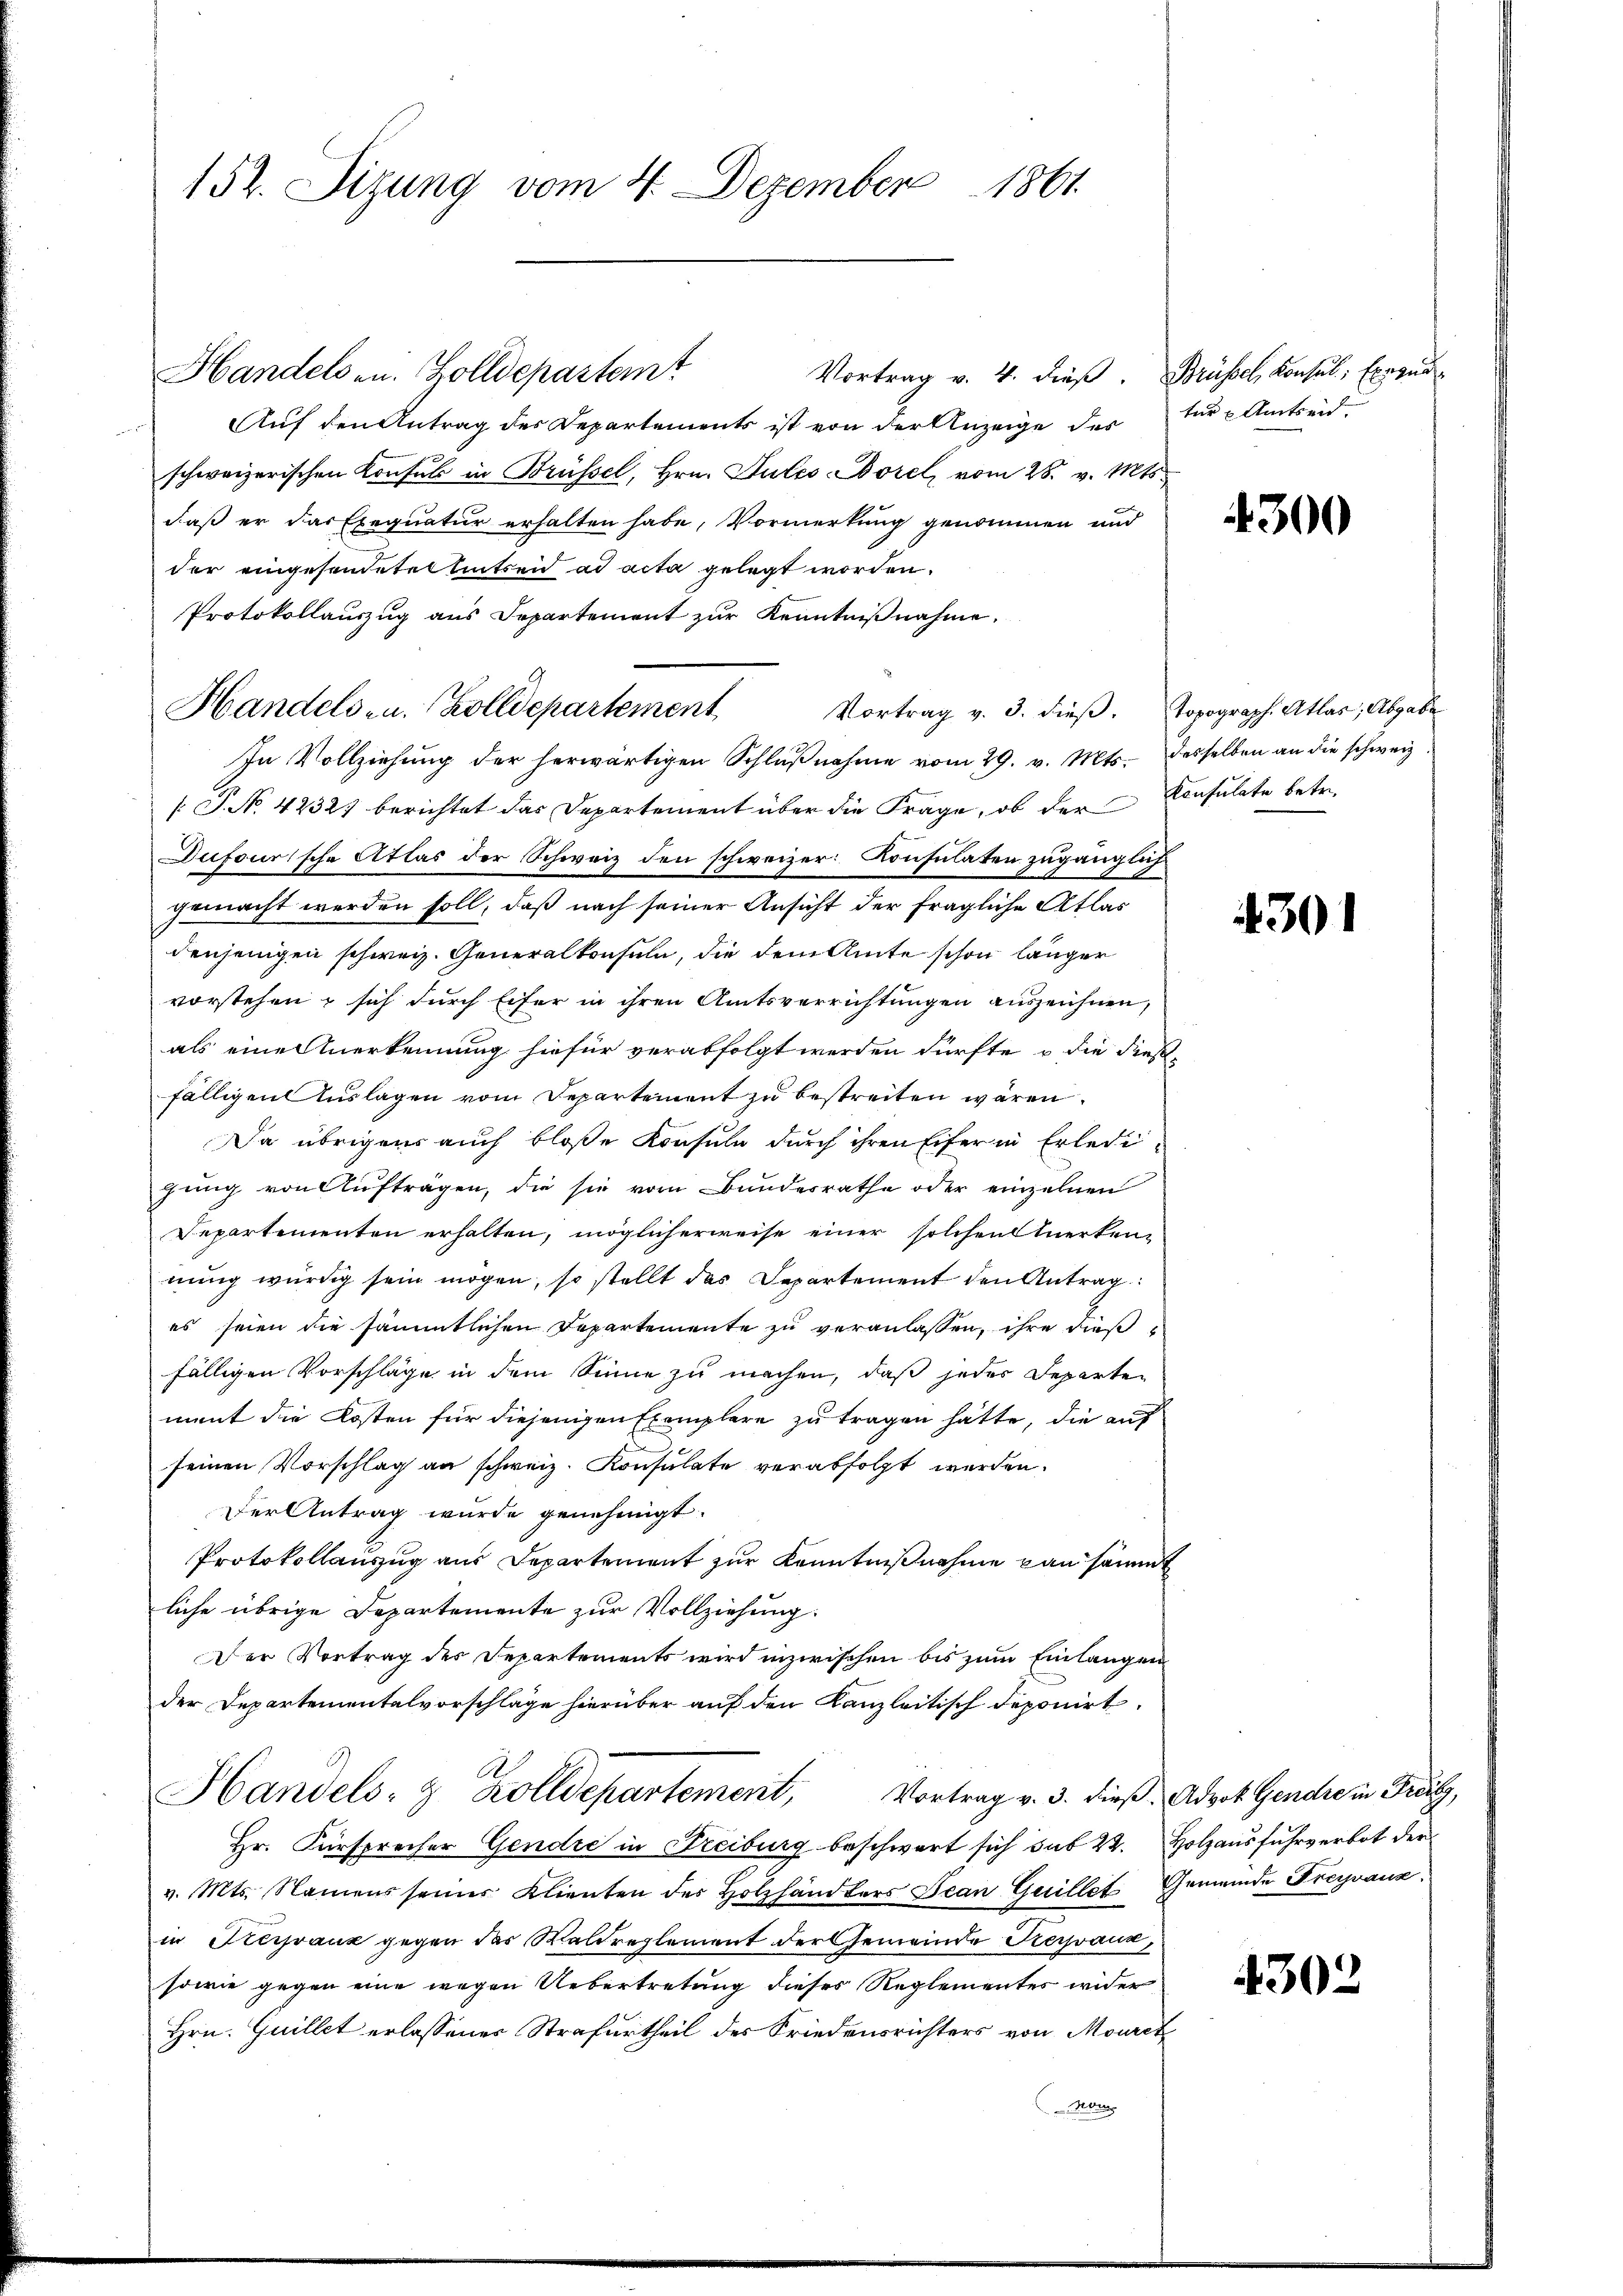
152. Sizung vom 4. Dezember 1861

Handelsen. Zolldepartemt
Vortrag v. 4. dieβ. Brüssel, Konsul Exegun
Auf den Antrag des Departements ist von der Anzeige des
schweizerischen Konsul in Brüssel, Hrn. Sules-Borel, vom 28. v. Mts.
daß er das Exequatur erhalten habe, Vormerkung genommen und
der eingesendeten Eintreid ad acta gelegt worden.
Protokollauszug aus Departement zur Kenntnißnahme.
Handels- u. Zolldepartement Vortrag v. 3. dieβ. Topograph. Atlas, Abgabe
In Vollziehŭng der herwärtigen Schlŭβnahme vom 29. v. Mts. desselben an die schweiz.
[ P. No. 4232) berichtet das Departement über die Frage, ob der Konsulate betr.
Dufourische Atlas der Schweiz den schweizer Konsulaten zugänglich
gemacht werden soll, daß nach seiner Ansicht der fragliche Atlas
denjenigen schweiz. Generalkonsuln, die dem Amte schon länger
vorstehen, sich durch Eifer in ihren Amtsverrichtungen auszeichnen,
als eine Anerkennung hiefür verabfolgt werden dürfte, u die dießfälligen Auslagen vom Departement zu bestreiten wären.
Da übrigens auch bloße Konsula durch ihren Eifer in Erledigung von Aufträgen, die sie vom Bundesrathe oder einzelnen
Departementen erhalten, möglicherweise einer solchen Merken-
nung würdig sein mögen, so stellt das Departement den Antrag
es seien die sämmtlichen Departemente zu veranlassen, ihre dies
fälligen Vorschläge in dem Sinne zu machen, daß jeder Departen
ment die Kosten für diejenigen Exemplare zu tragen hätte, die auf
seinen Vorschlag an schweiz. Konsulate verabfolgt werden.
Der Antrag wurde genehmigt.
Protokollauszug aus Departement zur Kenntnißnahme kan sämmt
liche übrige Departemente zur Vollziehung.
Der Vortrag des Departements wird inzwischen bis zum Einlangen
der Departementalvorschläge hierüber auf den Kanzleitisch deponirt,
A.
Handels- & Zolldepartement, Vortrag v. 3. dieß. Advok Gendre in Frei,
Hr. Fürsprecher Gendre in Freiburg beschwert sich sub 22. Holzausfuhrverbot der
v. Mts. Namens seiner Klienten des Holzhändlers Jean Guillet, Gemeinde Freyvaux.
in Kerpauk gegen der Waldreglement der Gemeinde Kerpanz,
sowie gegen eine wegen Uebertretung dieses Reglementes wider
Hrn. Guillet erlassener Strafurtheil des Friedensrichters von Mouret
Han

ter Amtseid.

300

301

4302